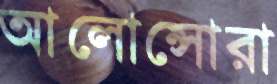
আলোন্সোরা